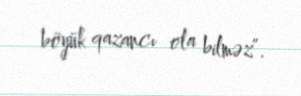
böyük qazancı ola bilməz”.